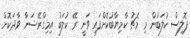
ޕޮލިސް ކުލަބުން މި މެޗު ކާމިޔާބުކޮށްފައި ވަނީ ރޭ ކުލަބު އިމިގްރޭޝަނާ ވާދަކޮށް